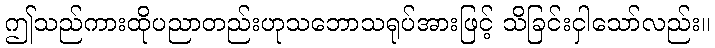
ဤသည်ကားထိုပညာတည်းဟုသဘောသရုပ်အားဖြင့် သိခြင်းငှါသော်လည်း။